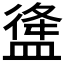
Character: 𥂃